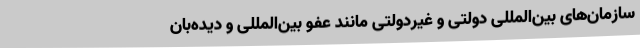
سازمان‌های بین‌المللی دولتی و غیردولتی مانند عفو بین‌المللی و دیده‌بان